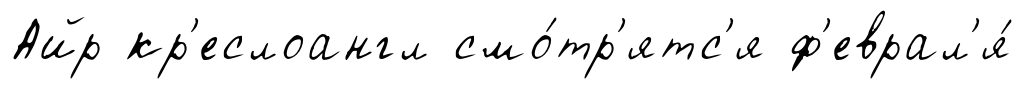
Айр кр'еслоангл смо́тр'ятс'я ф'еврал'я́